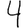
Digit: 4